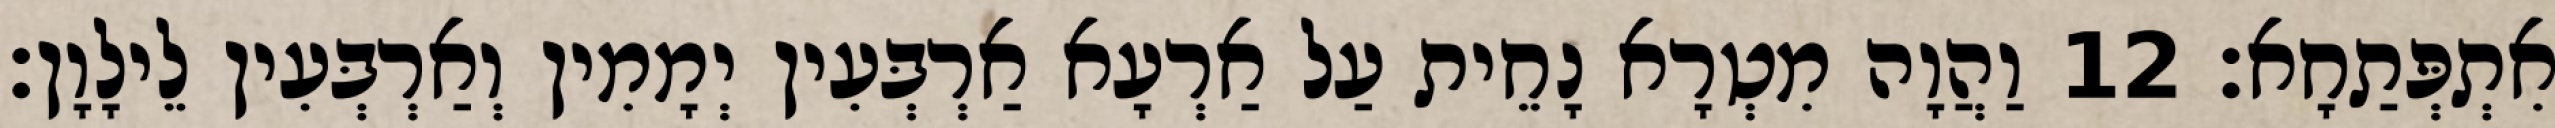
אִתְפְּתַחָא׃ 12 וַהֲוָה מִטְרָא נָחֵית עַל אַרְעָא אַרְבְּעִין יְמָמִין וְאַרְבְּעִין לֵילָוָן׃